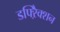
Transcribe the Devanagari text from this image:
डफ्ऱैिक्शन